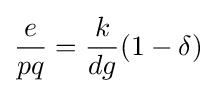
{\frac {e}{pq}}={\frac {k}{dg}}(1-\delta )